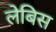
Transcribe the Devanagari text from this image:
लेबिस